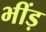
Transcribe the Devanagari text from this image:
भींड़